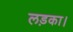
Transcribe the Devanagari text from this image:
लड़का।